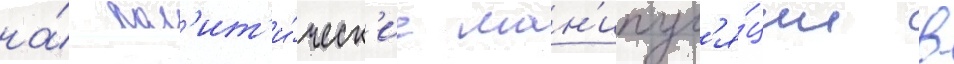
на́ пол'ит'и́ческ'ие ман'ипул'я́ции в